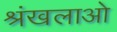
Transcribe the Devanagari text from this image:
श्रंखलाओ